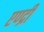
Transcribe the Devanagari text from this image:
एण्द्री